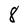
Character: 8